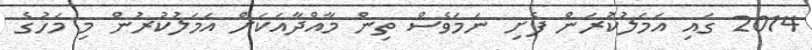
2014 ގައި އަމަލުކުރަން ފެށި ނަމަވެސް ތިން މާއްދާއަކަށް އަމަލުކުރުން މި މަހުގެ